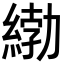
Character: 𦂿